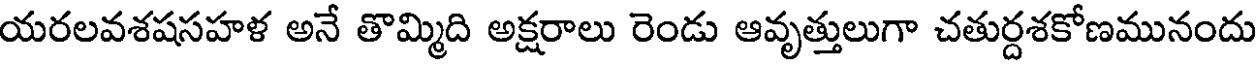
యరలవశషసహళ అనే తొమ్మిది అక్షరాలు రెండు ఆవృత్తులుగా చతుర్దశకోణమునందు